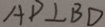
A D \bot B D